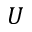
U